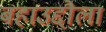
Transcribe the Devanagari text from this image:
बहाउद्दौला